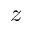
z